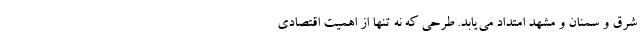
شرق و سمنان و مشهد امتداد می‌یابد. طرحی که نه تنها از اهمیت اقتصادی